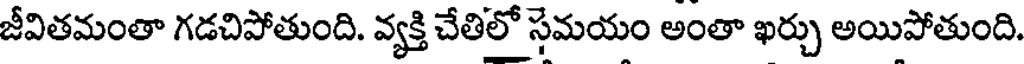
జీవితమంతా గడచిపోతుంది. వ్యక్తి చేతిలో సమయం అంతా ఖర్చు అయిపోతుంది.